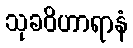
သုခဝိဟာရာနံ